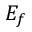
E _ { f }